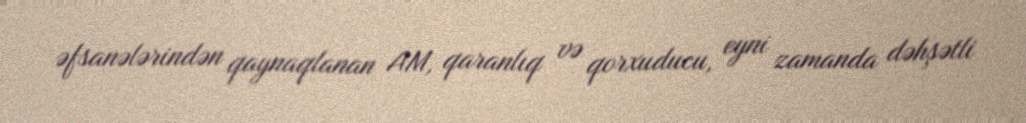
əfsanələrindən qaynaqlanan AM, qaranlıq və qorxuducu, eyni zamanda dəhşətli